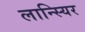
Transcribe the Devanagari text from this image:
लान्स्यिर